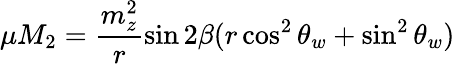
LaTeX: \mu M_{2}=\frac{m_{z}^{2}}{r}\sin 2\beta(r\cos^{2}\theta_{w}+\sin^{2}\theta_{w})